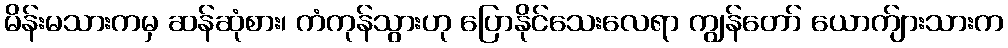
မိန်းမသားကမှ ဆန်ဆုံစား၊ ကံကုန်သွားဟု ပြောနိုင်သေးလေရာ ကျွန်တော် ယောက်ျားသားက